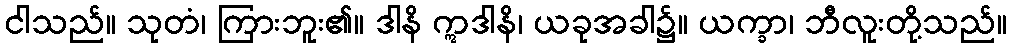
ငါသည်။ သုတံ၊ ကြားဘူး၏။ ဒါနိ ဣဒါနိ၊ ယခုအခါ၌။ ယက္ခာ၊ ဘီလူးတို့သည်။